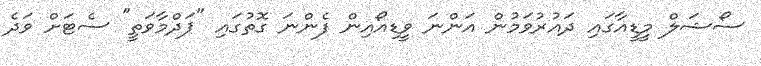
ސޯޝަލް މީޑީއާގައި ދައުރުވަމުން އަންނަ ވީޑިއޯއިން ފެންނަ ގޮތުގައި "ޕަދްމާވަތީ" ސެޓަށް ވަދެ